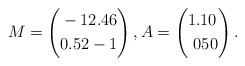
\begin{align*}M= \left(\begin{aligned} & -1 2.46 \\ & 0.52 -1\end{aligned}\right), A= \left(\begin{aligned} & 1.1 0 \\ & \,\, 0 50\end{aligned}\right).\end{align*}